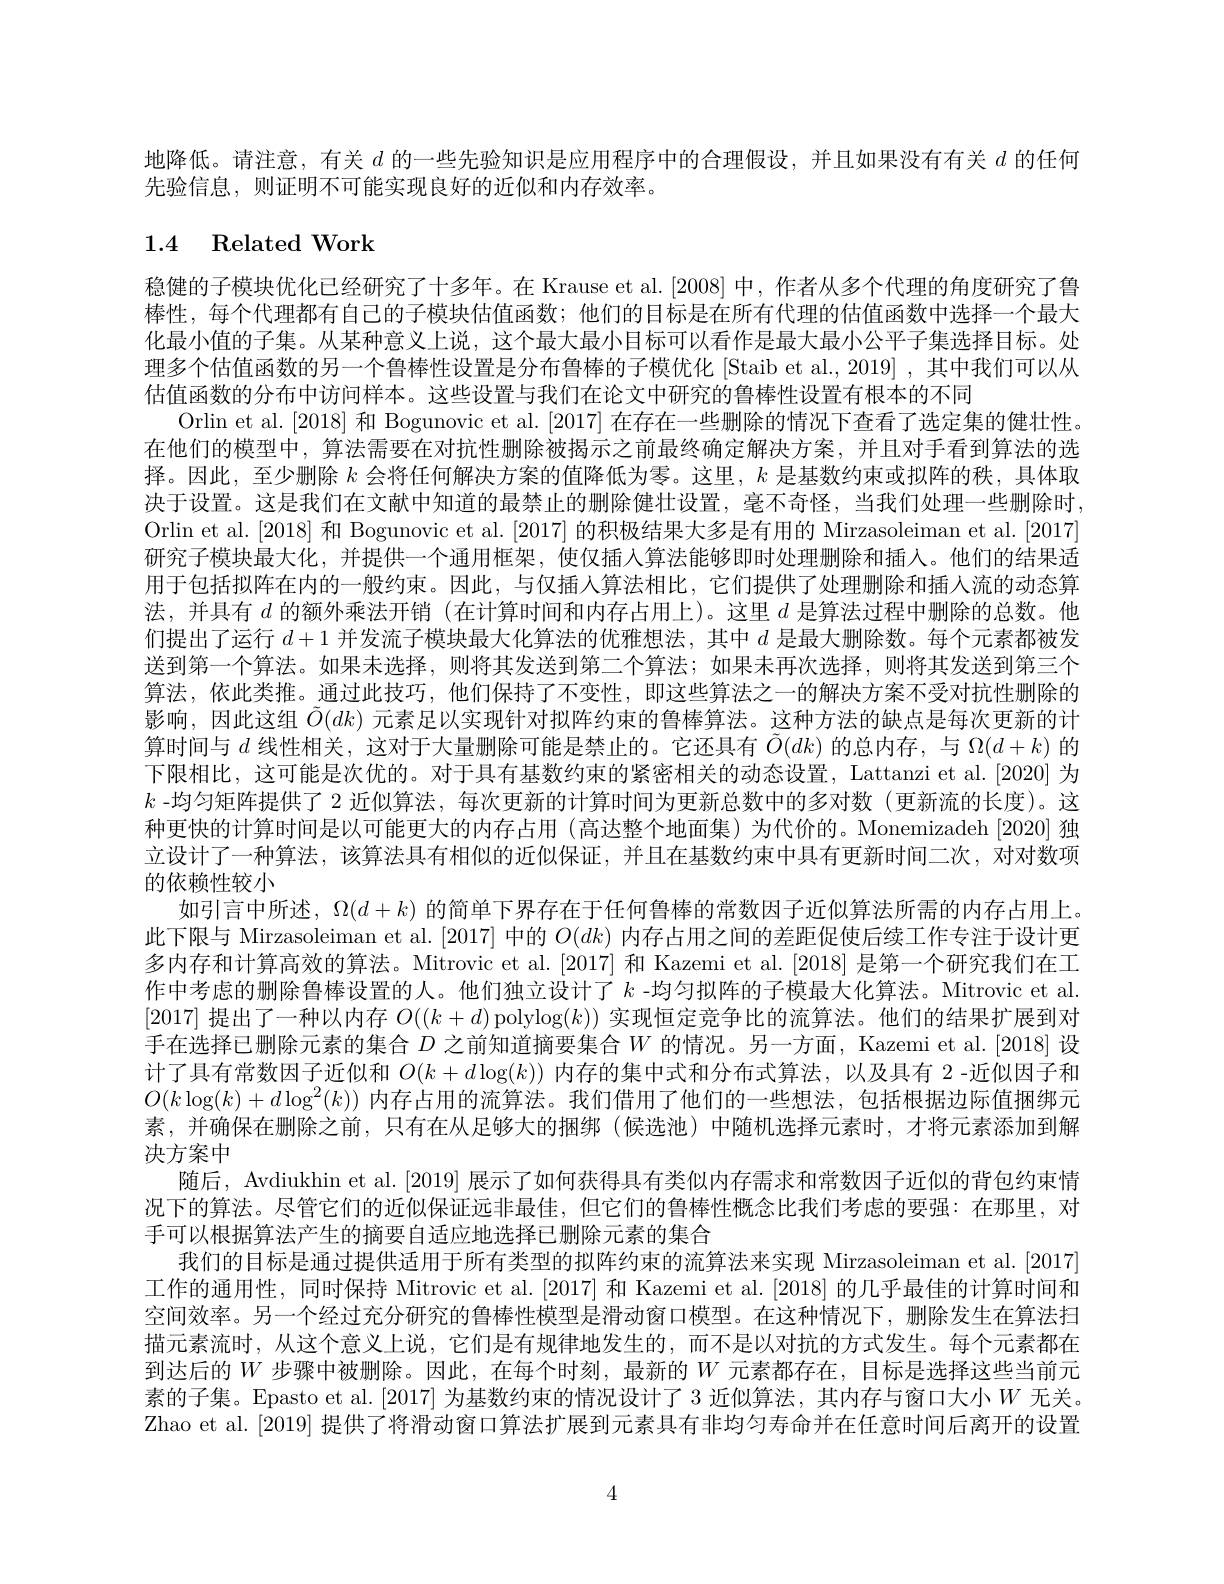
地降低。请注意，有关$d$的一些先验知识是应用程序中的合理假设，并且如果没有有关$d$的任何
先验信息，则证明不可能实现良好的近似和内存效率。

# 1.4 Related Work

稳健的子模块优化已经研究了十多年。在 Krause et al. [2008] 中，作者从多个代理的角度研究了鲁棒性，每个代理都有自己的子模块估值函数；他们的目标是在所有代理的估值函数中选择一个最大化最小值的子集。从某种意义上说，这个最大最小目标可以看作是最大最小公平子集选择目标。处理多个估值函数的另一个鲁棒性设置是分布鲁棒的子模优化 [Staib et al., 2019] ,其中我们可以从估值函数的分布中访问样本。这些设置与我们在论文中研究的鲁棒性设置有根本的不同
Orlin et al.[2018] 和 Bogunovic et al. [2017] 在存在一些删除的情况下查看了选定集的健壮性。在他们的模型中，算法需要在对抗性删除被揭示之前最终确定解决方案，并且对手看到算法的选择。因此，至少删除$k$会将任何解决方案的值降低为零。这里，$k$是基数约束或拟阵的秩，具体取决于设置。这是我们在文献中知道的最禁止的删除健壮设置，毫不奇怪，当我们处理一些删除时， Orlin et al.[2018] 和 Bogunovic et al.[2017] 的积极结果大多是有用的 Mirzasoleiman et al.[2017] 研究子模块最大化，并提供一个通用框架，使仅插入算法能够即时处理删除和插入。他们的结果适用于包括拟阵在内的一般约束。因此，与仅插入算法相比，它们提供了处理删除和插人流的动态算法，并具有$d$的额外乘法开销 (在计算时间和内存占用上)。这里$d$是算法过程中删除的总数。他们提出了运行$d+1$并发流子模块最大化算法的优雅想法，其中$d$是最大删除数。每个元素都被发送到第一个算法。如果未选择，则将其发送到第二个算法；如果未再次选择，则将其发送到第三个算法，依此类推。通过此技巧，他们保持了不变性，即这些算法之一的解决方案不受对抗性删除的影响，因此这组$\tilde{O}(dk)$元素足以实现针对拟阵约束的鲁棒算法。这种方法的缺点是每次更新的计算时间与$d$线性相关，这对于大量删除可能是禁止的。它还具有$\tilde{O}(dk)$的总内存，与$\Omega(d+k)$的下限相比，这可能是次优的。对于具有基数约束的紧密相关的动态设置，Lattanzi et al.[2020] 为$k$ -均匀矩阵提供了 2 近似算法，每次更新的计算时间为更新总数中的多对数(更新流的长度)。这种更快的计算时间是以可能更大的内存占用(高达整个地面集)为代价的。Monemizadeh[2020] 独立设计了一种算法，该算法具有相似的近似保证，并且在基数约束中具有更新时间二次，对对数项的依赖性较小
如引言中所述，$\Omega(d+k)$的简单下界存在于任何鲁棒的常数因子近似算法所需的内存占用上。此下限与 Mirzasoleiman et al. [2017] 中的$O(dk)$内存占用之间的差距促使后续工作专注于设计更多内存和计算高效的算法。Mitrovic et al.[2017] 和 Kazemi et al.[2018] 是第一个研究我们在工作中考虑的删除鲁棒设置的人。他们独立设计了$k$ -均匀拟阵的子模最大化算法。Mitrovic et al. [2017]提出了一种以内存$O((k+d)$ polylog$(k))$实现恒定竞争比的流算法。他们的结果扩展到对手在选择已删除元素的集合$D$之前知道摘要集合$W$的情况。另一方面，Kazemi et al.[2018] 设计了具有常数因子近似和$O(k+d\log(k))$内存的集中式和分布式算法，以及具有 2-近似因子和$O(k\log(k)+d\log^2(k))$内存占用的流算法。我们借用了他们的一些想法，包括根据边际值捆绑元素，并确保在删除之前，只有在从足够大的捆绑(候选池)中随机选择元素时，才将元素添加到解决方案中
随后，Avdiukhin et al. [2019] 展示了如何获得具有类似内存需求和常数因子近似的背包约束情况下的算法。尽管它们的近似保证远非最佳，但它们的鲁棒性概念比我们考虑的要强：在那里，对手可以根据算法产生的摘要自适应地选择已删除元素的集合
我们的目标是通过提供适用于所有类型的拟阵约束的流算法来实现 Mirzasoleiman et al.[2017] 工作的通用性，同时保持 Mitrovic et al. [2017] 和 Kazemi et al. [2018] 的几乎最佳的计算时间和空间效率。另一个经过充分研究的鲁棒性模型是滑动窗口模型。在这种情况下，删除发生在算法扫描元素流时，从这个意义上说，它们是有规律地发生的，而不是以对抗的方式发生。每个元素都在到达后的$W$步骤中被删除。因此，在每个时刻，最新的$W$元素都存在，目标是选择这些当前元素的子集。Epasto et al.[2017] 为基数约束的情况设计了 3 近似算法，其内存与窗口大小$W$无关。Zhao et al. [2019] 提供了将滑动窗口算法扩展到元素具有非均匀寿命并在任意时间后离开的设置

4